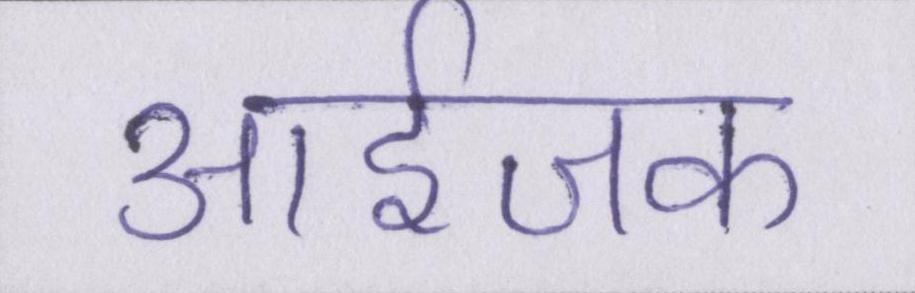
आईजक